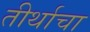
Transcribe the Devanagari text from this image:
तीर्थाचा